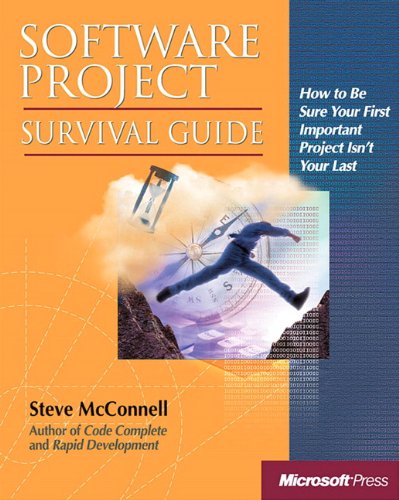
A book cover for Software Project Survival Guide (Developer Best Practices); Steve McConnell; Test Preparation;